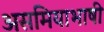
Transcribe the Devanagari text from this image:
असमियाभाषी